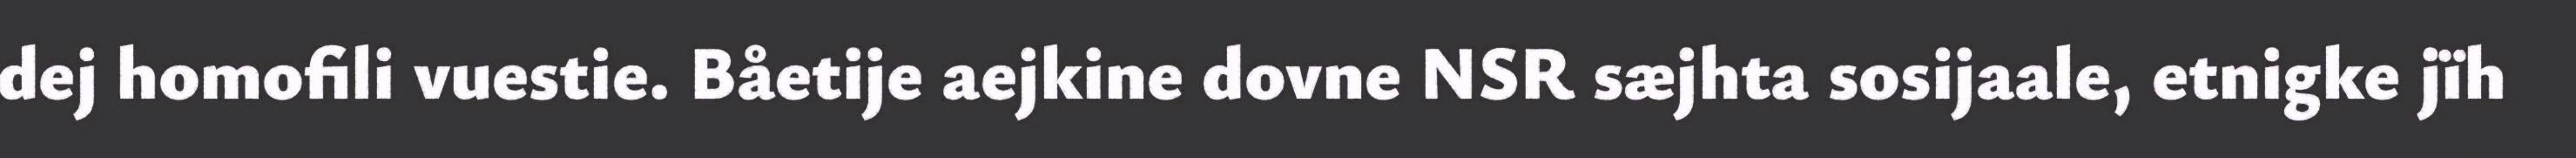
dej homofili vuestie. Båetije aejkine dovne NSR sæjhta sosijaale, etnigke jïh